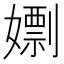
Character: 𡢱